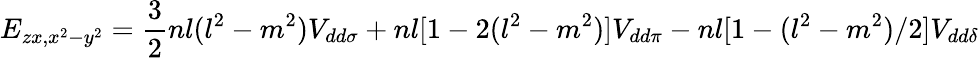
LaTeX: E_{zx,x^{2}-y^{2}}={\frac{3}{2}}nl(l^{2}-m^{2})V_{dd\sigma}+nl[1-2(l^{2}-m^{2})]V_{dd\pi}-nl[1-(l^{2}-m^{2})/2]V_{dd\delta}